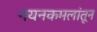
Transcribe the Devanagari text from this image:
नयनकमलांतून